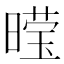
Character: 𮲩